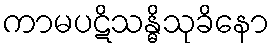
ကာမပဋိသန္ဓိသုခိနော